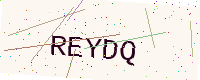
Text: REYDQ